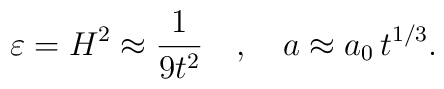
\varepsilon =H^{2}\approx \frac{1}{9t^{2}}\quad ,\quad a\approx a_{0}\,t^{1/3}.